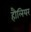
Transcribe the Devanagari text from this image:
हौलियर